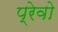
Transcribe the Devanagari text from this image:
प्रेवो